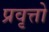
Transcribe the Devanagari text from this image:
प्रवृत्तो